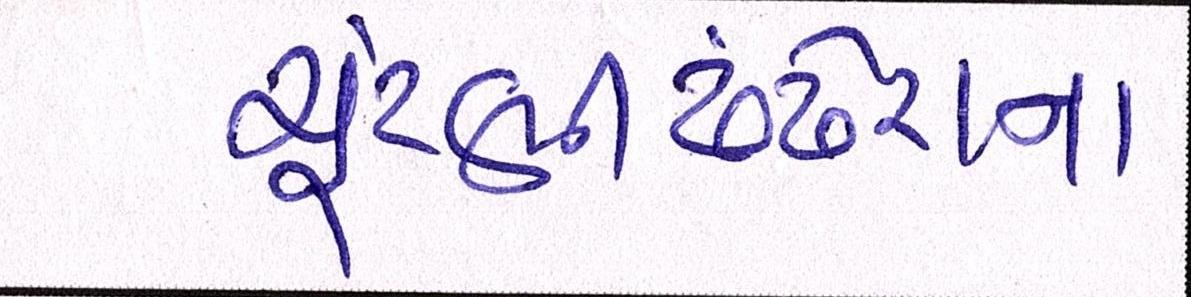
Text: ચૂંટણીઢંઢેરાનાં